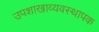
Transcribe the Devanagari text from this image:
उपशाखाव्यवस्थापक